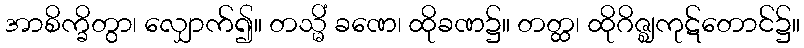
အာစိက္ခိတွာ၊ လျှောက်၍။ တသ္မိံ ခဏေ၊ ထိုခဏ၌။ တတ္ထ၊ ထိုဂိဇ္ဈကုဋ်တောင်၌။